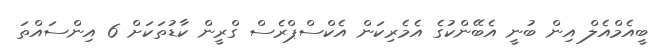
ބީއެމްއެލް އިން ބުނީ އެބޭންކުގެ އެމެރިކަން އެކްސްޕްރެސް ގްރީން ކާޑުތަކަށް 6 އިންސައްތަ